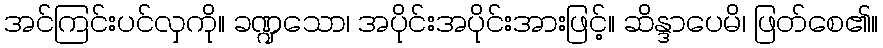
အင်ကြင်းပင်လှကို။ ခဏ္ဍသော၊ အပိုင်းအပိုင်းအားဖြင့်။ ဆိန္ဒာပေမိ၊ ဖြတ်စေ၏။